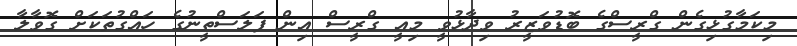
މިކަމާގުޅިގެން ގްރީސްގެ ބޮޑުވަޒީރު ވިދާޅުވީ މިއީ ގްރީސް އިން ފަލަސްތީނުގެ ހައްގުތަކަށް ގޮވާލާ